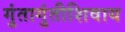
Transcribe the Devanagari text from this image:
गुंतागुंतीशिवाय